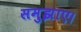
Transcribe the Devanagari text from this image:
समुझाए।